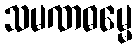
သမဏဓမ္မေ